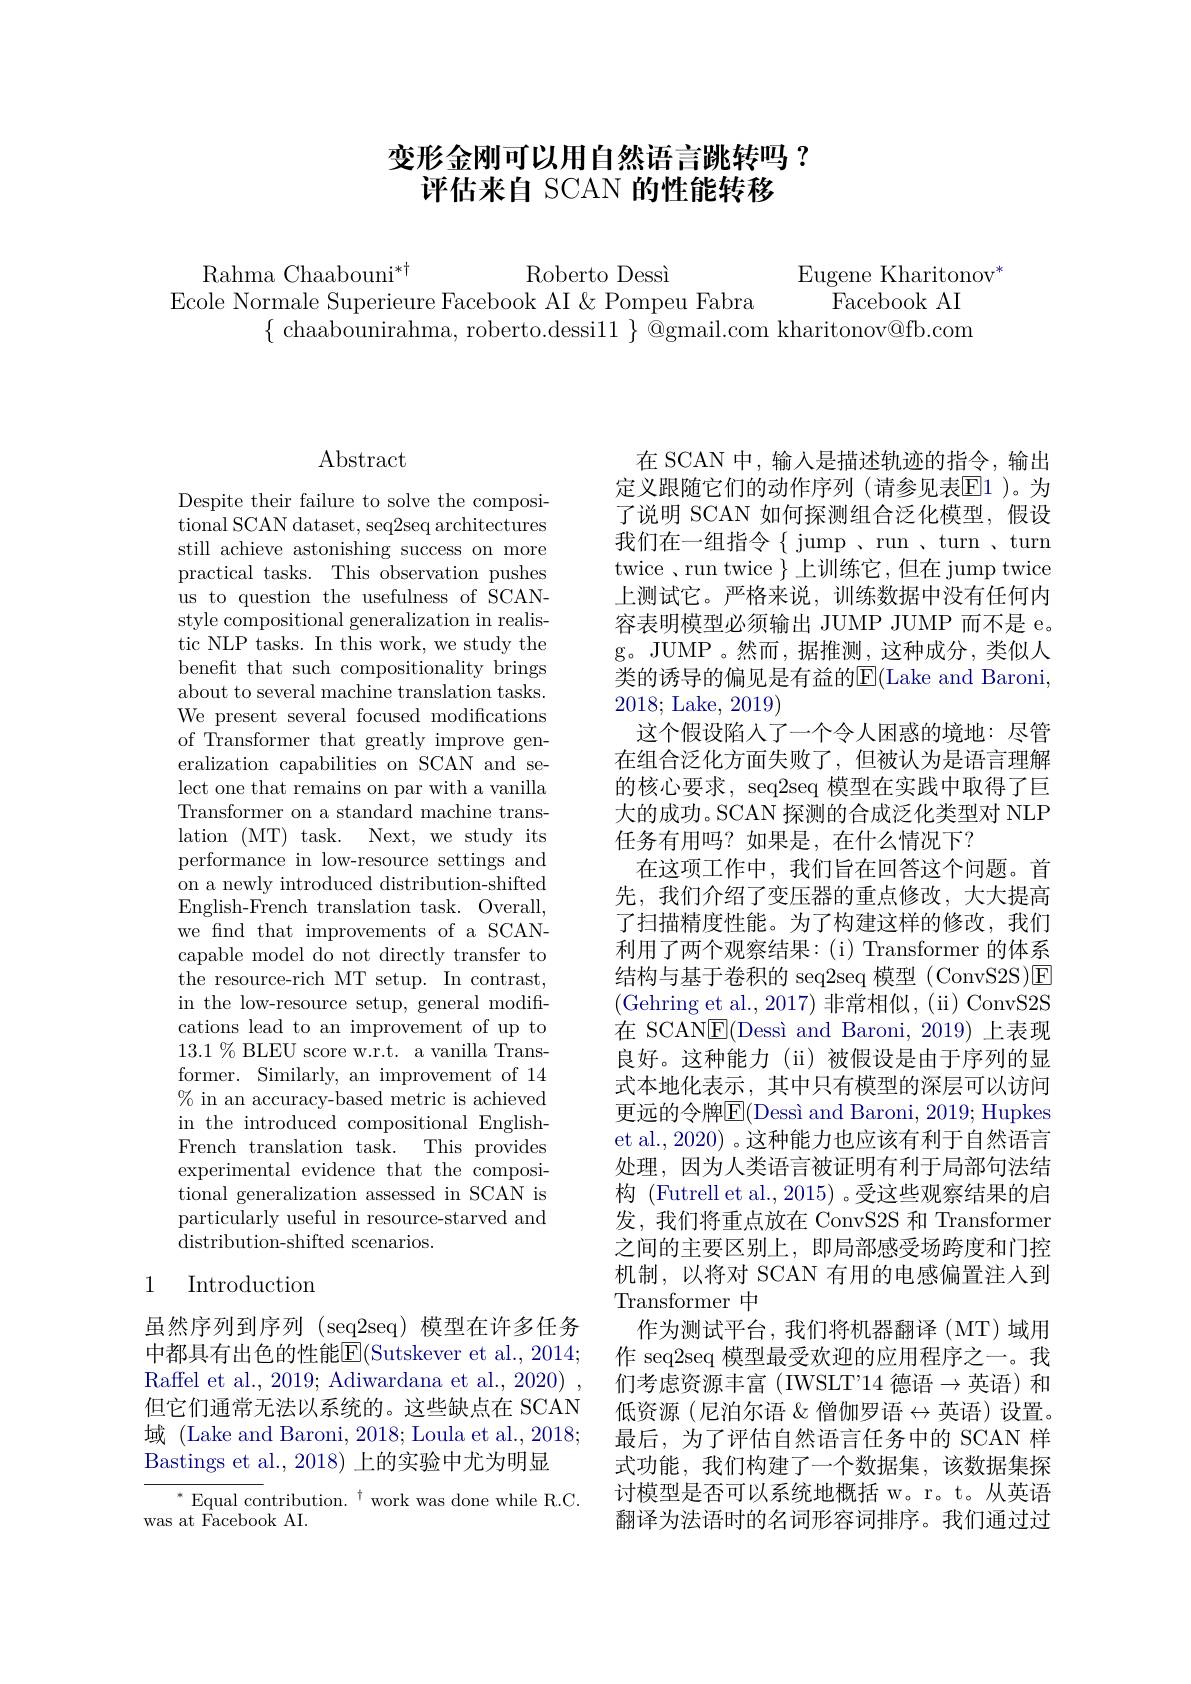
# 变形金刚可以用自然语言跳转吗？ 评估来自 SCAN 的性能转移

Rahma Chaabouni$^*\dagger$
Roberto Dessì
Eugene Kharitonov
Ecole Normale Superieure Facebook AI &Pompeu Fabra
Facebook AI
$\{\begin{array}{cc}{\text{chaabounirahma, roberto.dessil}1}\\\end{array}\}$@gmail.com kharitonov@fb.com

## $\operatorname{Abstract}$

Despite their failure to solve the compositional SCAN dataset, seq2seq architectures still achieve astonishing success on more practical tasks. This observation pushes us to question the usefulness of SCANstyle compositional generalization in realistic NLP tasks. In this work, we study the beneft that such compositionality brings about to several machine translation tasks. We present several focused modifications of Transformer that greatly improve generalization capabilities on SCAN and select one that remains on par with a vanilla Transformer on a standard machine translation (MT) task. Next, we study its performance in low-resource settings and on a newly introduced distribution-shifted English-French translation task. Overall, we find that improvements of a SCANcapable model do not directly transfer to the resource-rich MT setup. In contrast, in the low-resource setup, general modifications lead to an improvement of up to $13.1\%$ BLEU score w.r.t. a vanilla Transformer. Similarly, an improvement of 14 $\%$ in an accuracy-based metric is achieved in the introduced compositional EnglishFrench translation task. This provides experimental evidence that the compositional generalization assessed in SCAN is particularly useful in resource-starved and distribution-shifted scenarios.

## 1 Introduction

虽然序列到序列 (seq2seq) 模型在许多任务中都具有出色的性能$\overline{\mathrm{E}}($Sutskever et al., 2014; Raffel et al., 2019; Adiwardana et al., 2020) 但它们通常无法以系统的。这些缺点在 SCAN 域 (Lake and Baroni, 2018; Loula et al., 2018; Bastings et al.,2018) 上的实验中尤为明显

$^{*}$Equal contribution.$^\dagger$work was done while R.C.
was at Facebook AI.

在 SCAN 中，输入是描述轨迹的指令，输出定义跟随它们的动作序列(请参见表$\overline{\mathrm{E}}1$)。为了说明 SCAN 如何探测组合泛化模型，假设我们在一组指令{jump , run , turn , turn twice , run twice $\}$上训练它，但在 jump twice 上测试它。严格来说，训练数据中没有任何内容表明模型必须输出 JUMP JUMP 而不是 e。g。JUMP 。然而，据推测，这种成分，类似人类的诱导的偏见是有益的$\overline{\mathrm{E}}($Lake and Baroni, 2018; Lake, 2019)
这个假设陷入了一个令人困惑的境地：尽管在组合泛化方面失败了，但被认为是语言理解的核心要求，seq2seq 模型在实践中取得了巨大的成功。SCAN 探测的合成泛化类型对 NLP 任务有用吗？如果是，在什么情况下？
在这项工作中，我们旨在回答这个问题。首先，我们介绍了变压器的重点修改，大大提高了扫描精度性能。为了构建这样的修改，我们利用了两个观察结果：(i) Transformer 的体系结构与基于卷积的 seq2seq 模型 (ConvS2S)E (Gehring et al., 2017)非常相似，(ii)ConvS2S 在 SCAN$\overline{\mathrm{E}}($Dessì and Baroni,2019)上表现良好。这种能力(ii)被假设是由于序列的显式本地化表示，其中只有模型的深层可以访问更远的令牌E(Dessì and Baroni, 2019; Hupkes et al., 2020) 。这种能力也应该有利于自然语言处理，因为人类语言被证明有利于局部句法结构 (Futrell et al., 2015) 。受这些观察结果的启发，我们将重点放在 ConvS2S 和 Transformer 之间的主要区别上，即局部感受场跨度和门控机制，以将对 SCAN 有用的电感偏置注人到Transformer 中
作为测试平台，我们将机器翻译(MT)域用作 seq2seq 模型最受欢迎的应用程序之一。我们考虑资源丰富(IWSLT'14 德语$\to$英语)和低资源(尼泊尔语&僧伽罗语$\leftrightarrow$英语)设置。最后，为了评估自然语言任务中的 SCAN 样式功能，我们构建了一个数据集，该数据集探讨模型是否可以系统地概括 w。r。t。从英语翻译为法语时的名词形容词排序。我们通过过